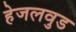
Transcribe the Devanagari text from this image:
हेजलवुड